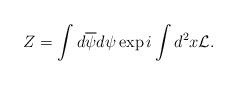
LaTeX: \begin{align*}Z=\int d\overline{\psi}d\psi\exp i\int d^2x {\cal L}.\end{align*}